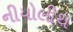
નીયોલીથ